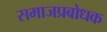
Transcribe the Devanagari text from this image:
समाजप्रबोधक